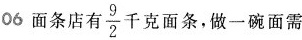
06 面条店有\frac{9}{2}千克面条，做一碗面需